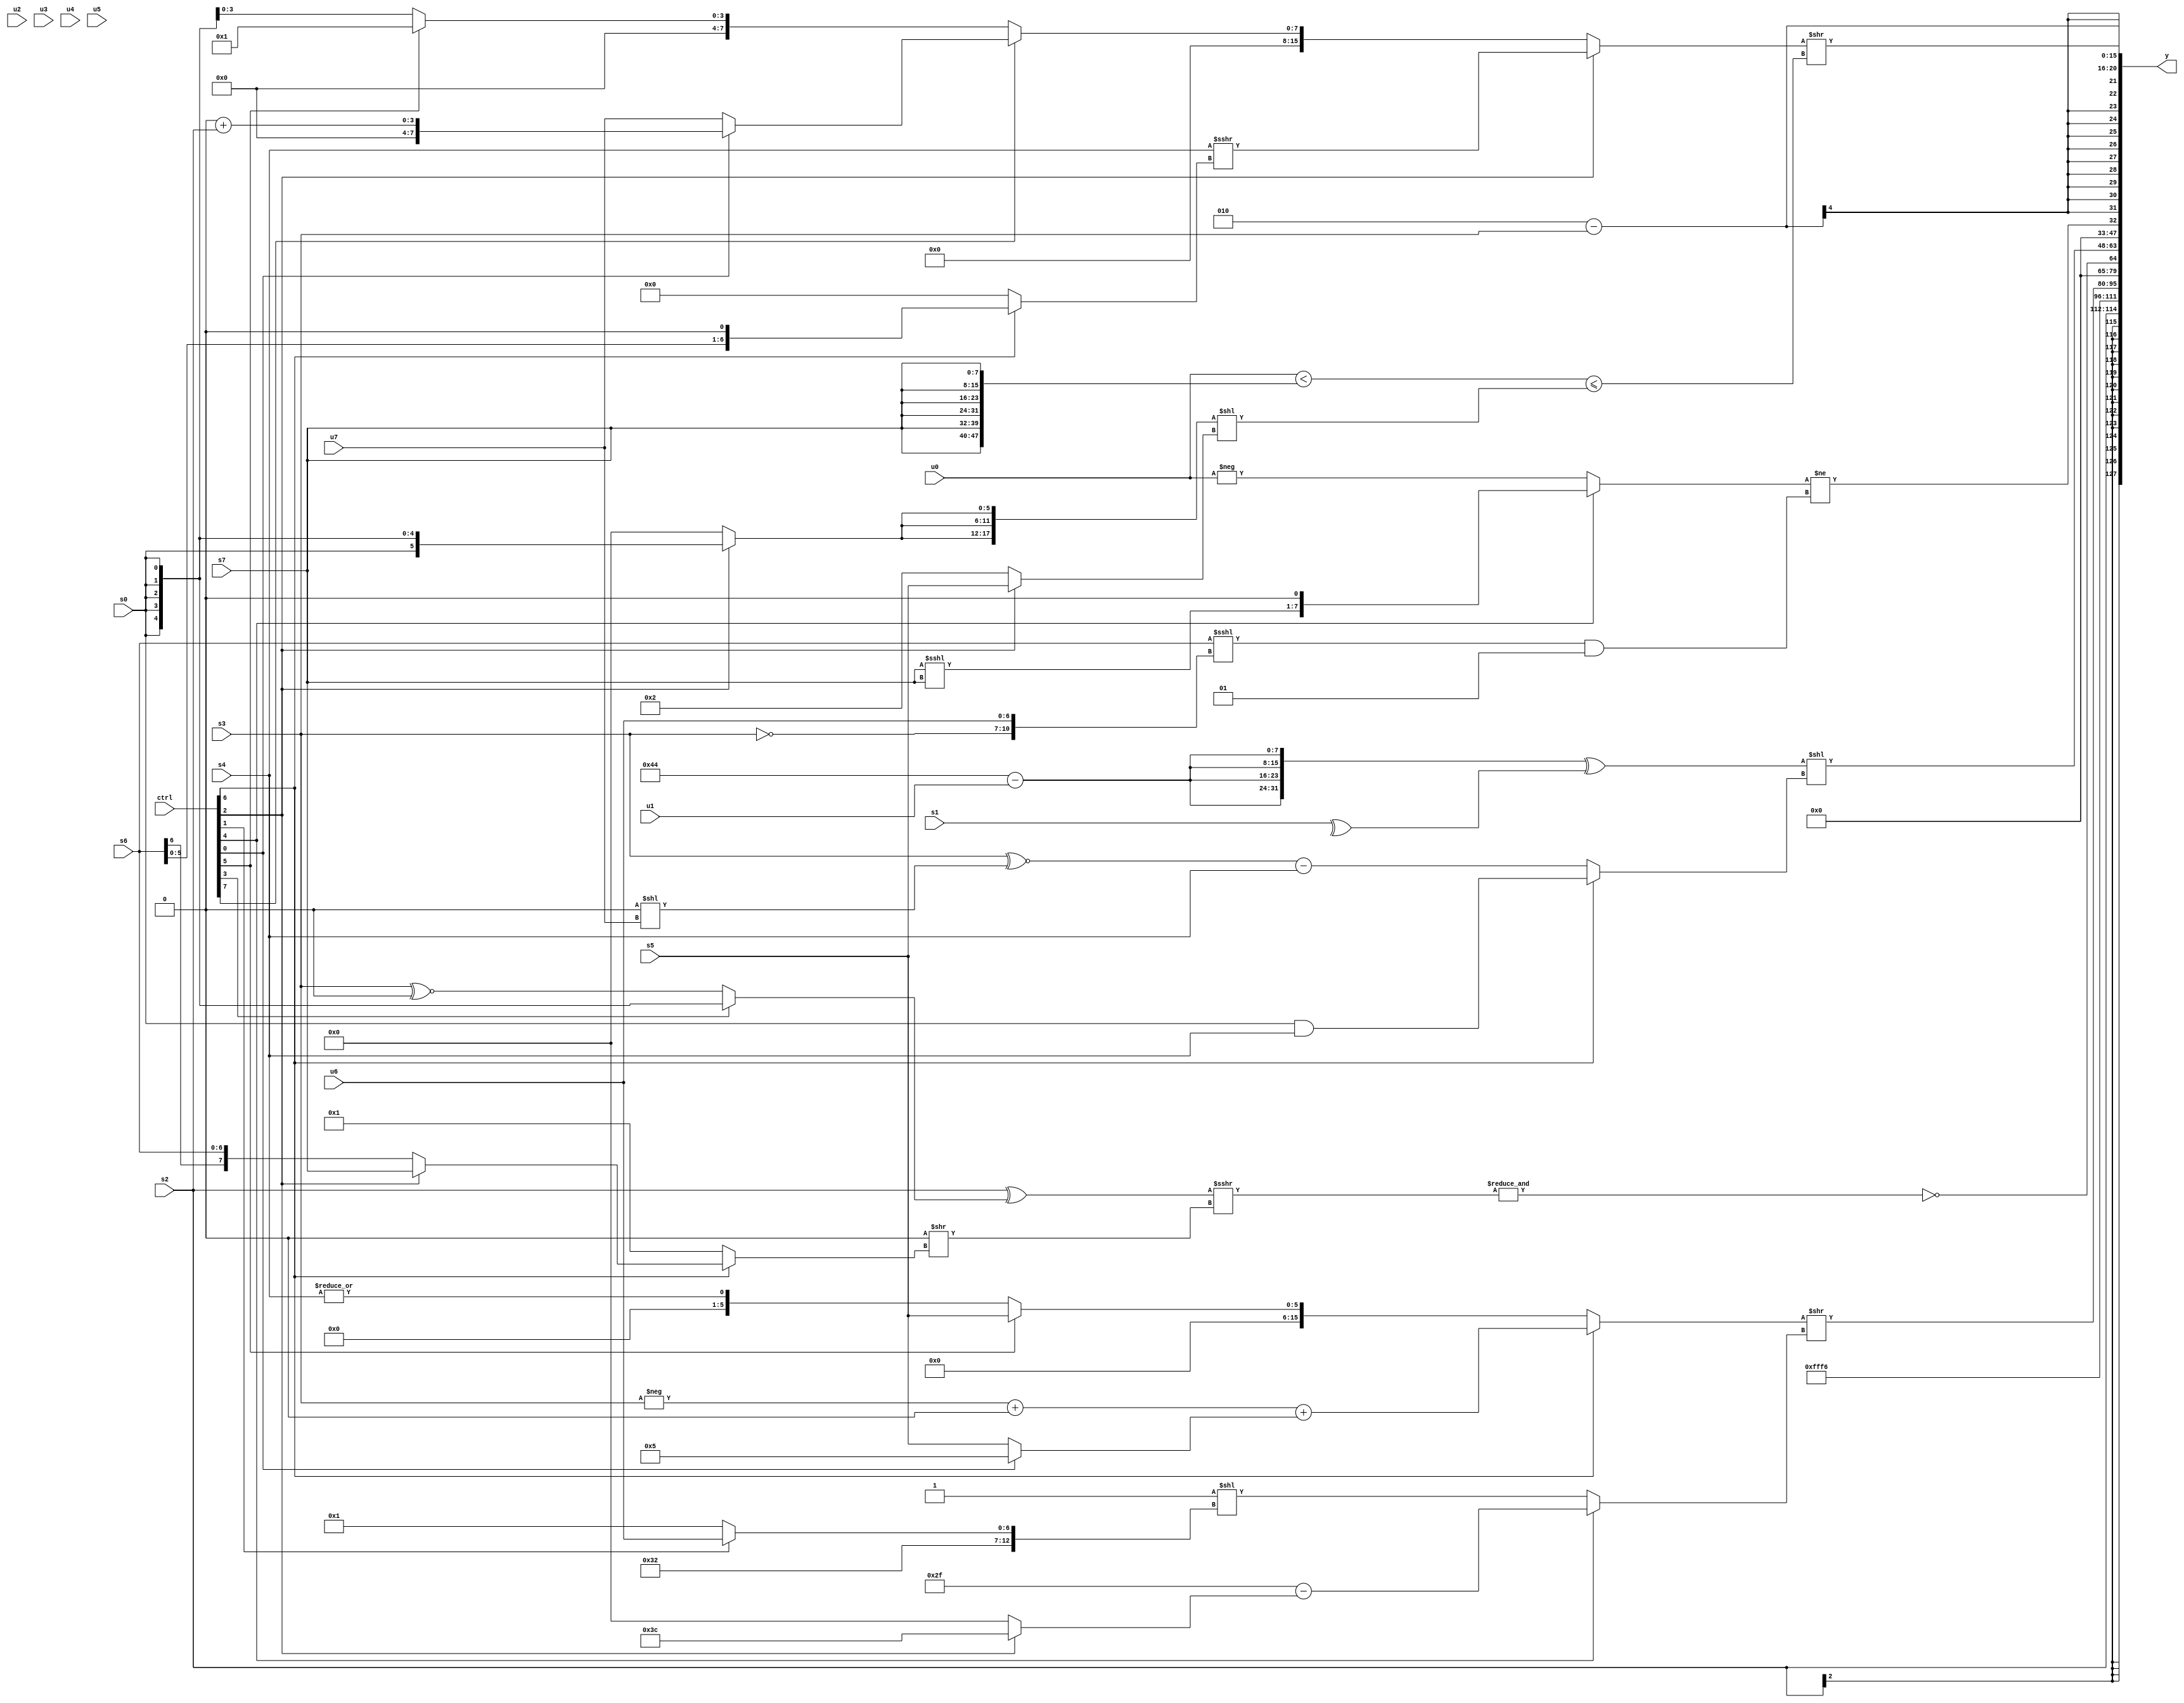
module wideexpr_00192(ctrl, u0, u1, u2, u3, u4, u5, u6, u7, s0, s1, s2, s3, s4, s5, s6, s7, y);
  input [7:0] ctrl;
  input [0:0] u0;
  input [1:0] u1;
  input [2:0] u2;
  input [3:0] u3;
  input [4:0] u4;
  input [5:0] u5;
  input [6:0] u6;
  input [7:0] u7;
  input signed [0:0] s0;
  input signed [1:0] s1;
  input signed [2:0] s2;
  input signed [3:0] s3;
  input signed [4:0] s4;
  input signed [5:0] s5;
  input signed [6:0] s6;
  input signed [7:0] s7;
  output [127:0] y;
  wire [15:0] y0;
  wire [15:0] y1;
  wire [15:0] y2;
  wire [15:0] y3;
  wire [15:0] y4;
  wire [15:0] y5;
  wire [15:0] y6;
  wire [15:0] y7;
  assign y = {y0,y1,y2,y3,y4,y5,y6,y7};
  assign y0 = s2;
  assign y1 = 6'sb110110;
  assign y2 = ((ctrl[6]?((-(s3))+((s6)<<(6'sb111111)))+($signed((ctrl[0]?4'b0101:s5))):+((ctrl[5]?{1{s5}}:|(s4)))))>>((ctrl[4]?($signed(6'sb101111))-((ctrl[2]?3'sb100:(s3)>>(6'sb110110))):($signed(|(1'b1)))<<({$signed(6'sb110010),(ctrl[1]?u6:3'sb001)})));
  assign y3 = ~&(((s2)^((ctrl[3]?s0:(s3)^~(5'sb00000))))>>>((((ctrl[4]?s4:s1))>>(-(4'b0011)))>>((ctrl[6]?(ctrl[2]?s7:s6):2'sb01))));
  assign y4 = (({4{({2{4'sb0100}})-(u1)}})^(^(s1)))<<((ctrl[6]?(s0)&(s4):((s3)^~((2'sb00)<<(u7)))-(+(s4))));
  assign y5 = ($signed((ctrl[4]?((s7)<<<(s7))<<<(1'sb1):-({u0}))))!=(((s6)<<<({~(s3),+(u6)}))&(-(1'sb1)));
  assign y6 = ($signed((3'sb100)^(2'sb10)))-(s3);
  assign y7 = ((ctrl[2]?(+(s4))>>>((ctrl[6]?(s6)<<<(1'sb1):(1'sb1)<(5'sb10010))):(ctrl[7]?(ctrl[0]?(2'sb00)+(s2):+(u7)):$signed((ctrl[5]?4'sb0001:s0)))))>>(((u0)<({2{{3{s7}}}}))<=(({3{(ctrl[2]?s0:6'sb000000)}})<<($signed((ctrl[2]?s5:3'b010)))));
endmodule